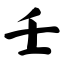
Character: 壬